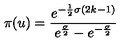
\pi ( u ) = \frac { e ^ { - \frac { 1 } { 2 } \sigma ( 2 k - 1 ) } } { e ^ { \frac { \sigma } { 2 } } - e ^ { - \frac { \sigma } { 2 } } }